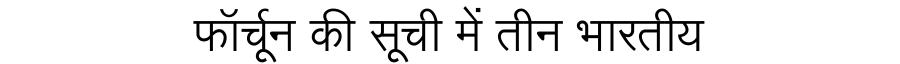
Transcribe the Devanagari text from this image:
फॉर्चून की सूची में तीन भारतीय